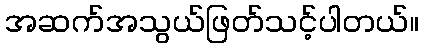
အဆက်အသွယ်ဖြတ်သင့်ပါတယ်။